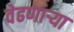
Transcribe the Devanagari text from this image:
वेढणार्‍या